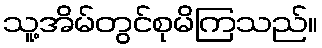
သူ့အိမ်တွင်စုမိကြသည်။